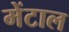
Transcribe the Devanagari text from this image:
मेंटाल